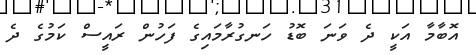
އޮބާމާ އަކީ ދެ ވަނަ ބޮޑު ހަނގުރާމައިގެ ފަހުން ރައީސް ކަމުގެ ދެ